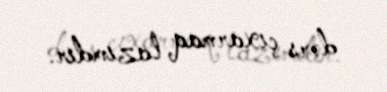
dərs çıxarmaq lazımdır.